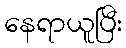
နေရာယူပြီး